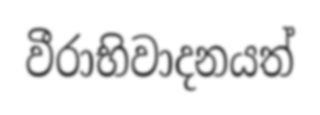
වීරාභිවාදනයත්